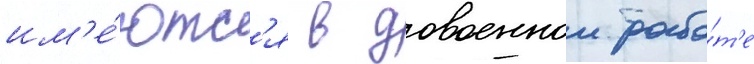
им'е́ютс'я в довоеннои рабо́т'е